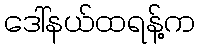
ဒေါ်နယ်ထရန့်က